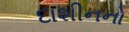
દાશીનનો